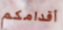
أقدامكم